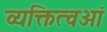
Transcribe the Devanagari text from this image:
व्यक्तित्वओं